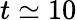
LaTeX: t\simeq 10